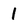
Character: 1